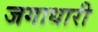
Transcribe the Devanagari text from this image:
जगाधारी